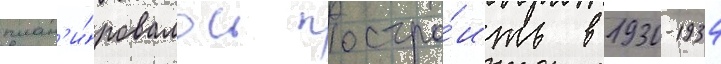
план'и́ровалось постро́ить в 1930-1934